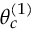
\theta _ { c } ^ { ( 1 ) }